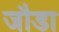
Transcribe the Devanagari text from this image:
जौडा